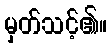
မှတ်သင့်၏။